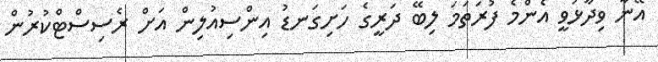
އޭނާ ވިދާޅުވީ އެންމެ ފުރަތަމަ ލިބޭ ދަރީގެ ހަށިގަނޑު އިންސިއުލިން އަށް ރެސިސްޓްކުރުން